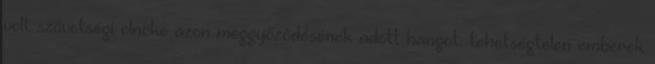
volt szövetségi elnöke azon meggyőződésének adott hangot: tehetségtelen emberek